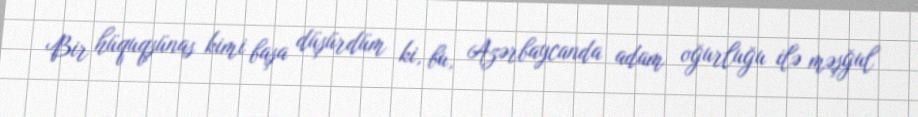
Bir hüquqşünas kimi başa düşürdüm ki, bu, Azərbaycanda adam oğurluğu ilə məşğul